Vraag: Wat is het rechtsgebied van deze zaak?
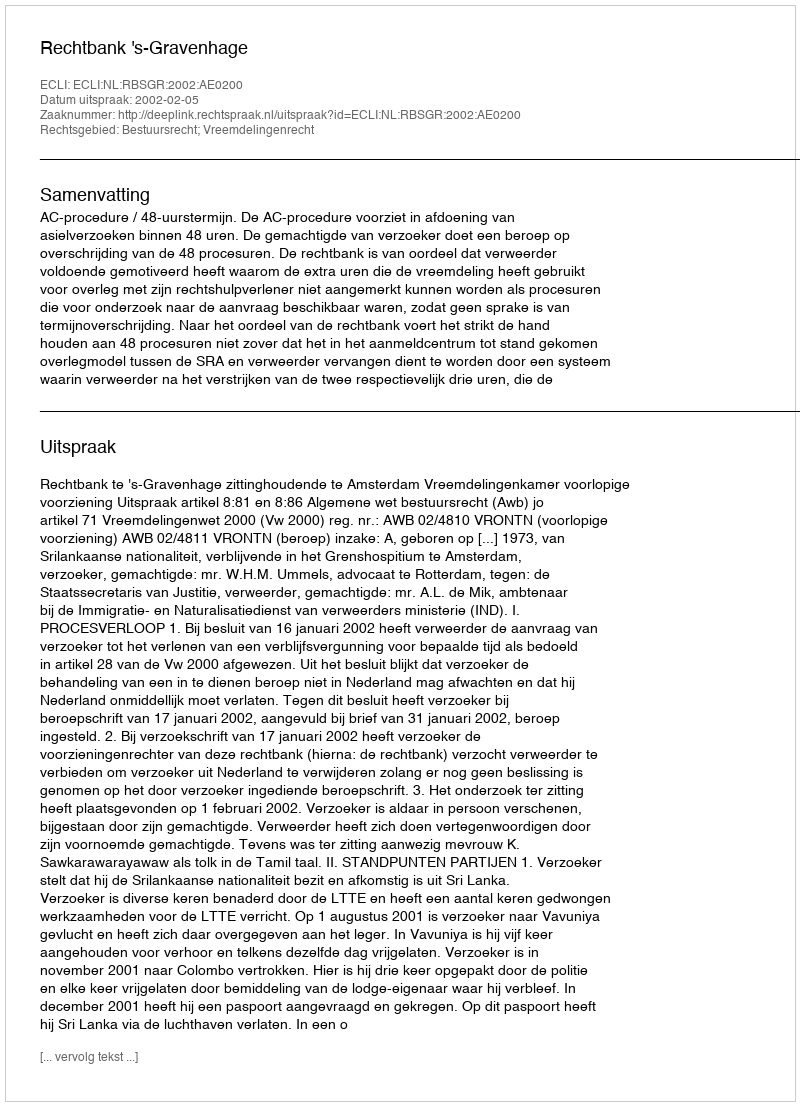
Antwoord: Bestuursrecht; Vreemdelingenrecht